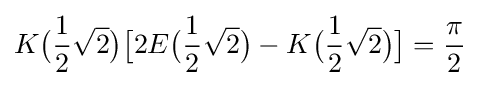
K{\bigl (}{\frac {1}{2}}{\sqrt {2}}{\bigr )}{\bigl [}2E{\bigl (}{\frac {1}{2}}{\sqrt {2}}{\bigr )}-K{\bigl (}{\frac {1}{2}}{\sqrt {2}}{\bigr )}{\bigr ]}={\frac {\pi }{2}}